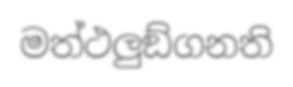
මත්ථලුඞ්ගනති